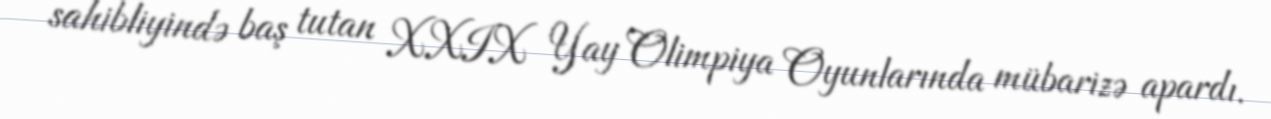
sahibliyində baş tutan XXIX Yay Olimpiya Oyunlarında mübarizə apardı.